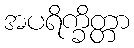
အပရိက္ခိတ္တာ